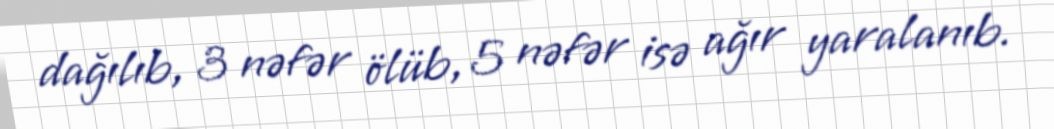
dağılıb, 3 nəfər ölüb, 5 nəfər isə ağır yaralanıb.